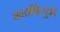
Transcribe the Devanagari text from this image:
अन्तर्बिन्दुओं